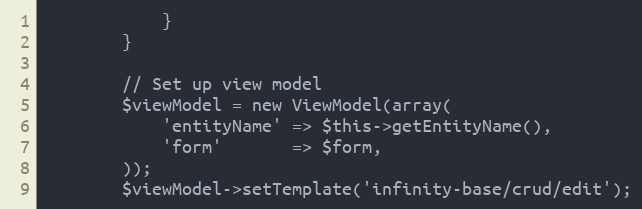
Language: PHP
            }
        }

        // Set up view model
        $viewModel = new ViewModel(array(
            'entityName' => $this->getEntityName(),
            'form'       => $form,
        ));
        $viewModel->setTemplate('infinity-base/crud/edit');